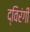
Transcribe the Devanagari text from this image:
द्विरंगी